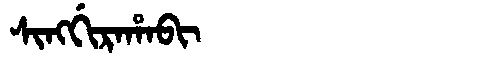
Manchu: ᠰᡳᠩᡤᡳᡵᠠᡥᠠᠪᡳ
Romanization: SINGGIRAHABI